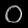
Digit: ၀